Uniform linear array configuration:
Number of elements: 48
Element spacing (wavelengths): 0.75
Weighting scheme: binomial
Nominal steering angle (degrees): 45
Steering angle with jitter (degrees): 43.728
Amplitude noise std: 0.05
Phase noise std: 0.05

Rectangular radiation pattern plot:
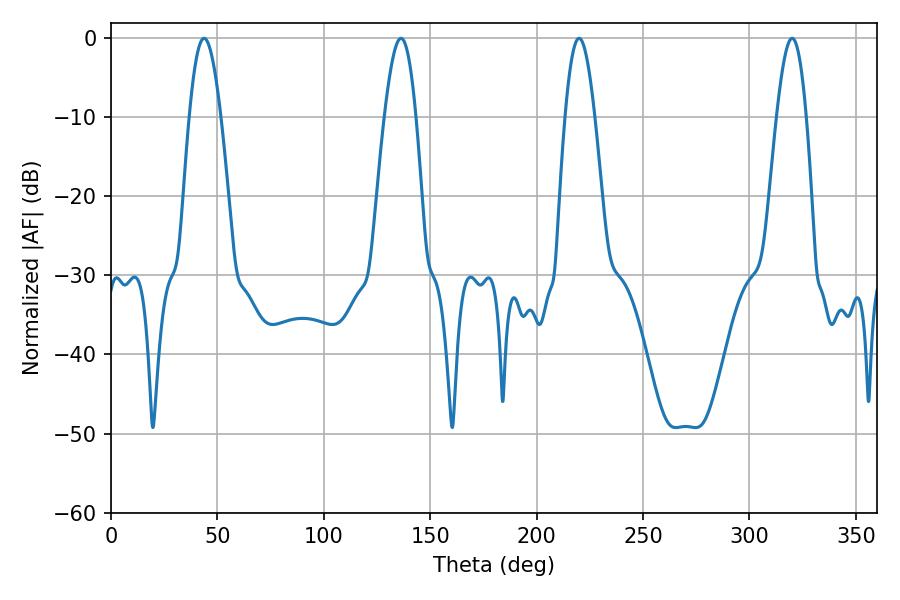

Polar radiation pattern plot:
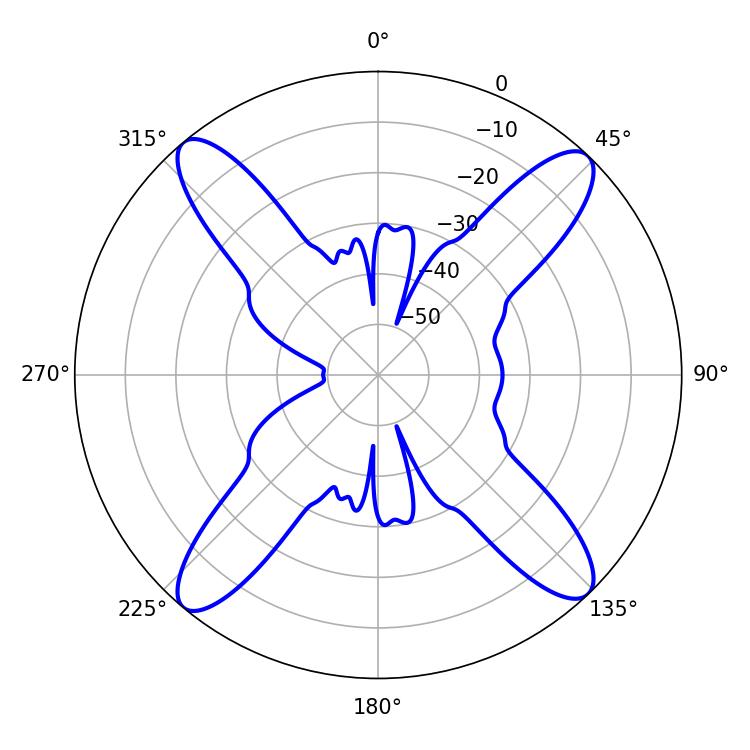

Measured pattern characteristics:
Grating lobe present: TRUE
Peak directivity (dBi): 18.768
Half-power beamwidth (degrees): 7.92
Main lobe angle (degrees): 43.74